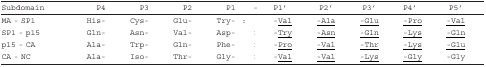
<table><thead><tr><td><b>Subdomain</b></td><td><b> P4 </b></td><td><b>P3</b></td><td><b> P2</b></td><td><b> P1</b></td><td><b> - </b></td><td><b>P1&#x27;</b></td><td><b> P2&#x27;</b></td><td><b> P3&#x27;</b></td><td><b>P4&#x27;</b></td><td><b>P5&#x27;</b></td></tr></thead><tbody><tr><td>MA - SP1</td><td>His-</td><td>Cys-</td><td>Glu-</td><td>Try-</td><td>:</td><td>-<underline>Val</underline></td><td><underline>-Ala</underline></td><td><underline>-Glu</underline></td><td><underline>-Pro</underline></td><td><underline>-Val</underline></td></tr><tr><td>SP1 - p15</td><td>Gln-</td><td>Asn-</td><td>Val-</td><td>Asp-</td><td>:</td><td>-<underline>Try</underline></td><td><underline>-Asn</underline></td><td><underline>-Gln</underline></td><td><underline>-Lys</underline></td><td><underline>-Gln</underline></td></tr><tr><td>p15 - CA</td><td>Ala-</td><td>Trp-</td><td>Gln-</td><td>Phe-</td><td>:</td><td>-<underline>Pro</underline></td><td><underline>-Val</underline></td><td><underline>-Thr</underline></td><td><underline>-Lys</underline></td><td><underline>-Glu</underline></td></tr><tr><td>CA - NC</td><td>Ala-</td><td>Iso-</td><td>Thr-</td><td>Gly-</td><td>:</td><td>-<underline>Val</underline></td><td><underline>-Val</underline></td><td><underline>-Lys</underline></td><td><underline>-Gly</underline></td><td>-Gly</td></tr></tbody></table>